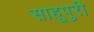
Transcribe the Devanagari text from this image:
साहूपुरी